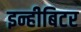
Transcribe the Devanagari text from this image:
इन्हीबिटर